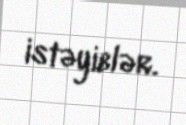
istəyiblər.